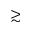
\gtrsim